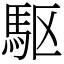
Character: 駆